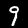
Digit: 9